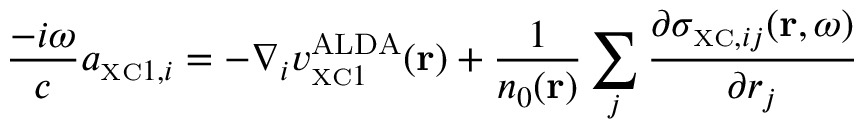
\frac { - i \omega } { c } a _ { { \scriptscriptstyle \mathrm { X C } } 1 , i } = - \nabla _ { i } v _ { { \scriptscriptstyle \mathrm { X C } } 1 } ^ { \mathrm { A L D A } } ( { \bf r } ) + \frac { 1 } { n _ { 0 } ( { \bf r } ) } \sum _ { j } \frac { \partial \sigma _ { { \scriptscriptstyle \mathrm { X C } } , i j } ( { \bf r } , \omega ) } { \partial r _ { j } }